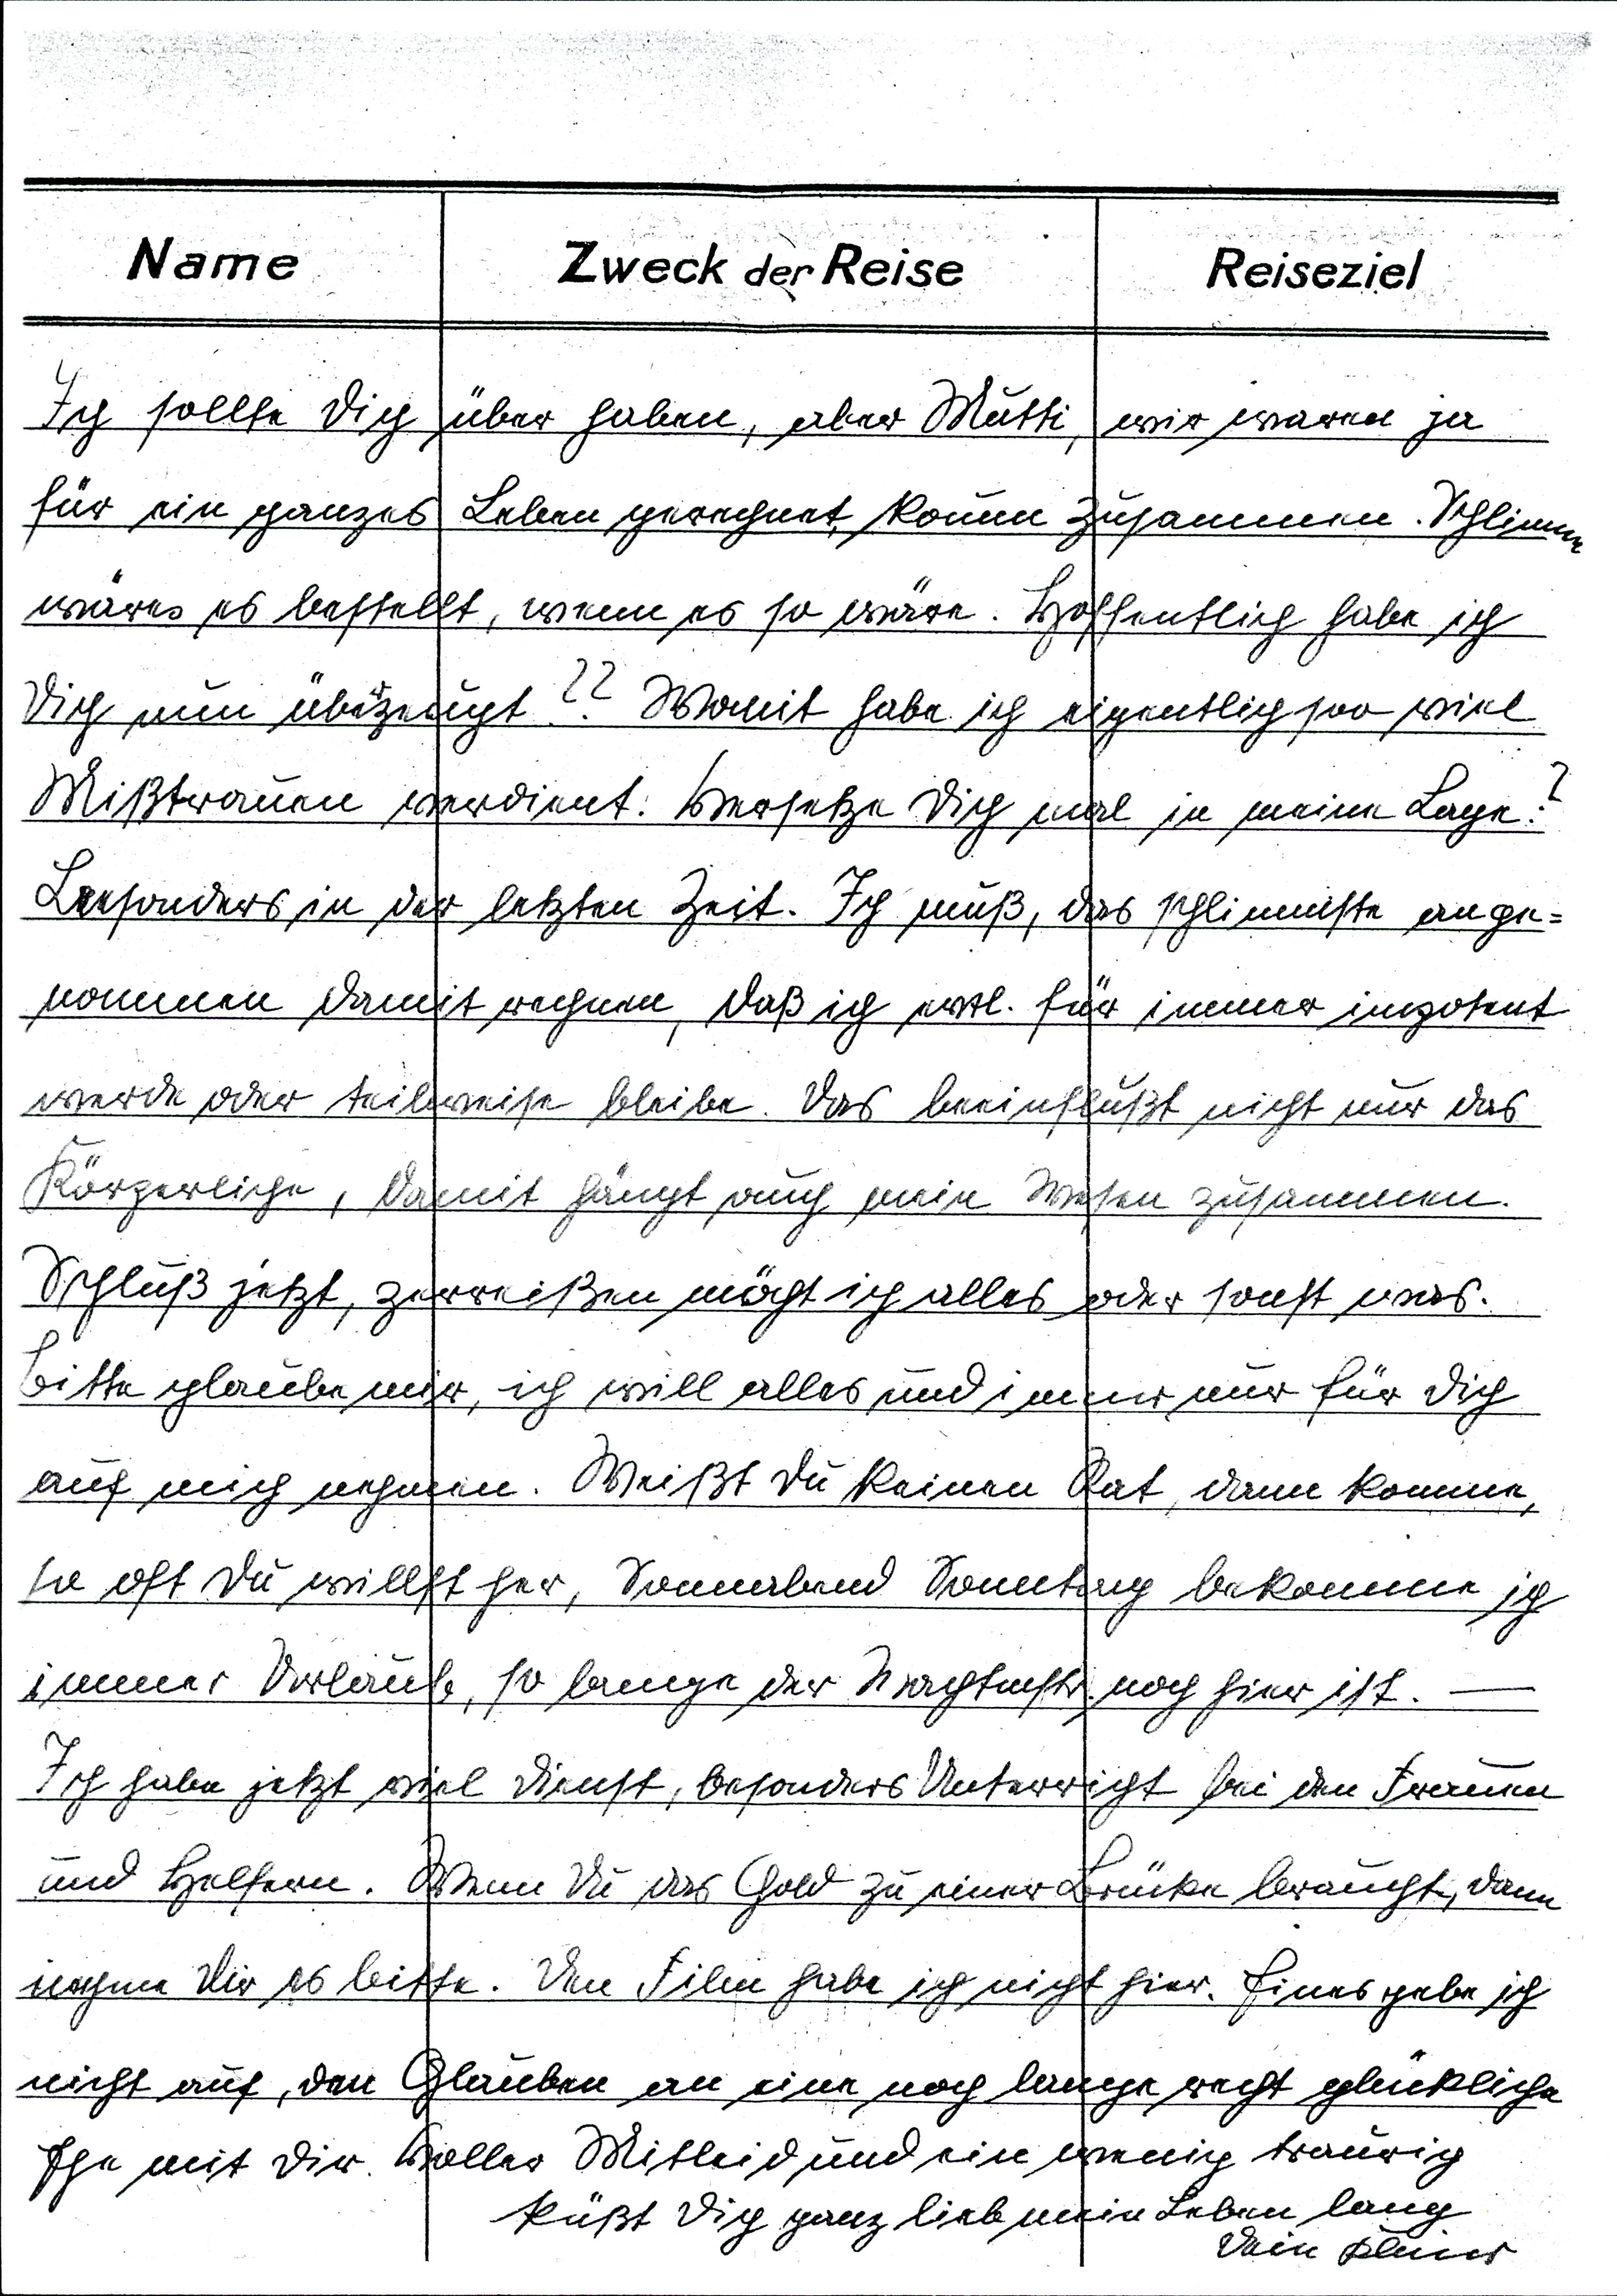
Ich sollte Dich über haben, aber Mutti wir waren ja
für ein panzes Leben gerechnet koun zusammen. Schlimm
wäres es bestellt, wenn es so wäre. Höffentlich habe ich
Sich nun abezeucht. Wonit habe ich eigentlich soo viel
Mißtrauen verdient. Versetze Sich nal in meine Lage!
Bersonders in der letzten Zeit. Ich muß, das schlimniste ange¬
nommen damit rechnen, daß ich evol. für immer inpotent
werde oder teilweise bleibe. Das beeinsußt nicht nur das
Körzerliche, damit hangt auch mein Wesen zusammen.
Sschluß jetzt, zurreißen möcht ich alles oder sonst was.
bitte glaube nur, ich will alles und immir nur für Dich
auf mich nehmen. Weißt Du keinen Rat dann komme,
sn oft Du willtt her, Sonnalend Sonntzg bekomme ich
immer Velaub, so bange der Machtnst noch hier ist. —
Ich habe jetzt viel Dienst, besonders Unterricht bei den Freuen
und Helfern. Wenn Du das Gold zu einer Brücke braucht, dann
nahme Dir es biste. Den Film habe ich nicht hier. Eines gebe ich
nicht auf, den Glauben an eine noch lauche recht glückliche
Ihe mit Dir Voller Mitleid und ein wenig traurig
küßt Dich ganz lieb mein Leben lang
din Kluier